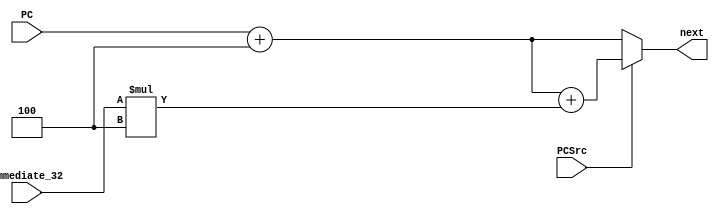
`timescale 1ns / 1ps
//////////////////////////////////////////////////////////////////////////////////
// Company: 
// Engineer: 
// 
// Design Name: 
// Module Name:    NextPc 
// Project Name: 
// Target Devices: 
// Tool versions: 
// Description: 
//
// Dependencies: 
//
// Revision: 
// Revision 0.01 - File Created
// Additional Comments: 
//
//////////////////////////////////////////////////////////////////////////////////
module NextPC(
    input [31:0] PC,
    input [31:0] immediate_32,
    input PCSrc,
    output [31:0] next
    );

   assign next = (PCSrc == 0) ? PC + 4 : PC + 4 + immediate_32 * 4 ;
endmodule